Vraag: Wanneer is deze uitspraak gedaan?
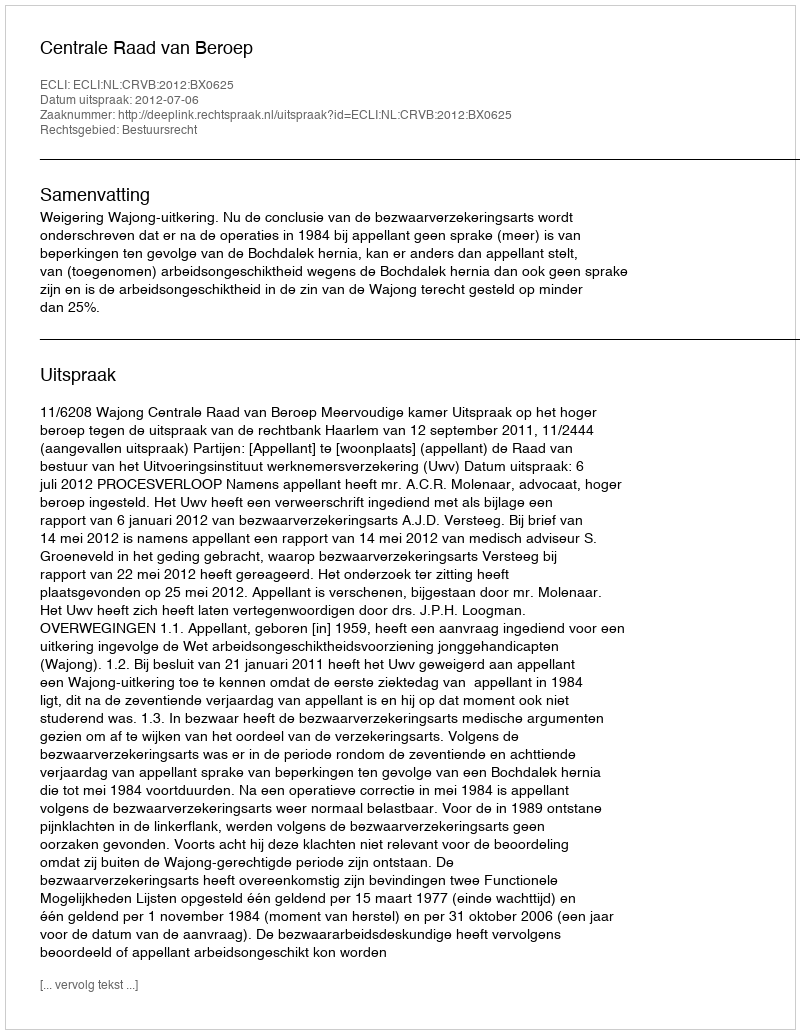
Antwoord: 2012-07-06